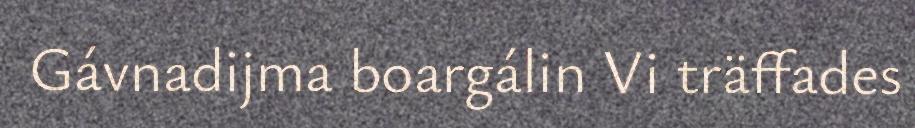
Gávnadijma boargálin Vi träffades